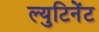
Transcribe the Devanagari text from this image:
ल्युटिनेंट